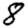
Digit: 8